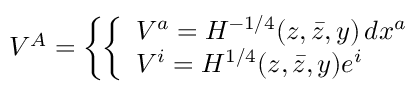
V ^ { A } = \left\{ \left\{ \begin{array} { l l } { { V ^ { a } = H ^ { - 1 / 4 } ( z , \bar { z } , y ) \, d x ^ { a } } } \\ { { V ^ { i } = H ^ { 1 / 4 } ( z , \bar { z } , y ) e ^ { i } } } \end{array} \right. \right.